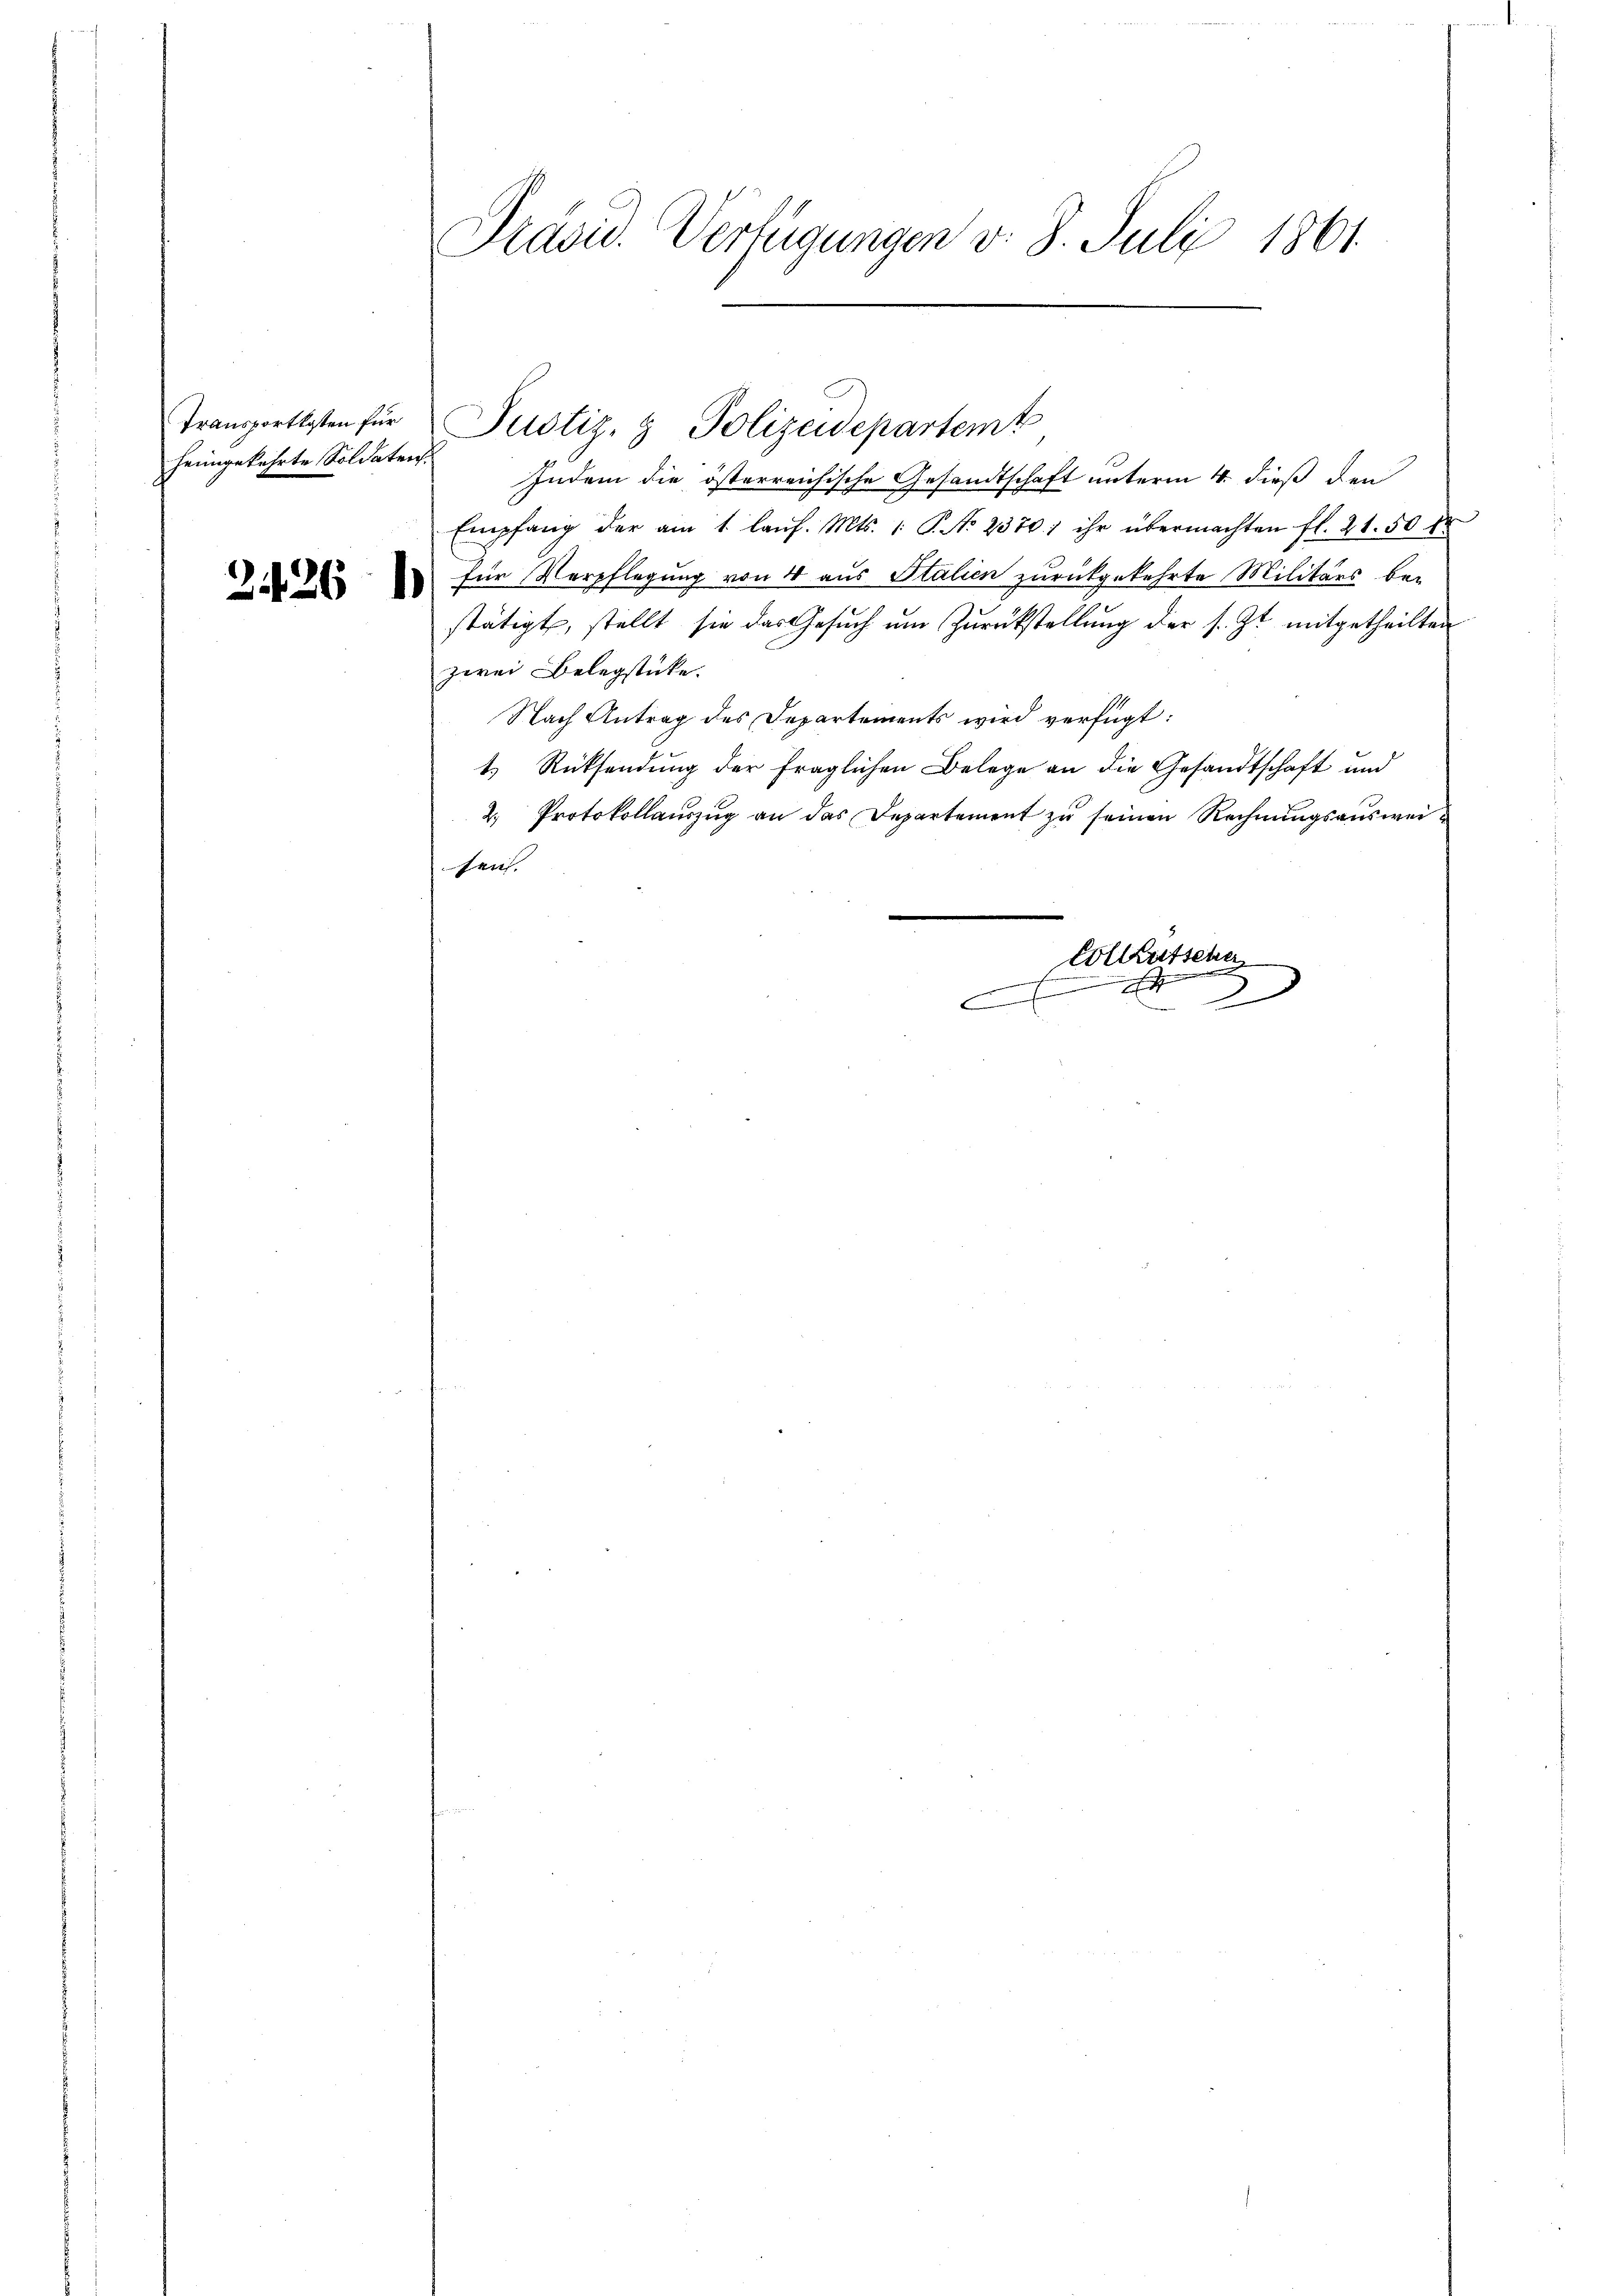
heimgekehrte Soldaten

2426 *)

Präsid. Verfügungen d. 8. Juli 1861

Indem die österreichische Gesandtschaft unterm 4. dieß den
Empfang der am 1. laŭf. Mts. 1. P. No. 23701 ihr übermachten fl. 21. 50 fr
für Verpflegung von 4 aus Stalien zurückgekehrte Militärs bei
stätigt, stellt sie das Gesuch um Zurückstellung der s. Zt. mitgetheilten
zwei Belegstücke.
Nach Antrag des Departements wird verfügt:
4.) Rücksendung der fraglichen Belege an die Gesandtschaft und
2. Protokollaŭszŭg an das Departement zŭ seinen Rechnŭngsausweisen.
Colleutscher
r

Transportkosten für Justiz- & Polizeidepartemt

2